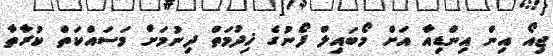
ޖިއޯ އިން އިންޑިއާ އަށް މޯބައިލް ފޯނުގެ ޚިދުމަތް ދިނުމަށް މަސައްކަތް ކުރާތާ